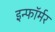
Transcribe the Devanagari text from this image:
इन्फॉर्मर